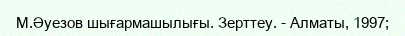
М.Әуезов шығармашылығы. Зерттеу. - Алматы, 1997;